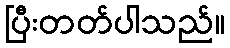
ပြီးတတ်ပါသည်။